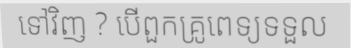
ទៅវិញ ? បើពួកគ្រូពេទ្យទទួល